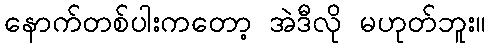
နောက်တစ်ပါးကတော့ အဲဒီလို မဟုတ်ဘူး။